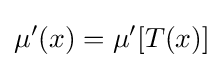
\mu '(x)=\mu '[T(x)]